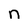
Character: n